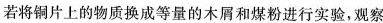
若将铜片上的物质换成等量的木屑和煤粉进行实验，观察